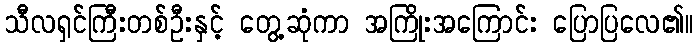
သီလရှင်ကြီးတစ်ဦးနှင့် တွေ့ဆုံကာ အကြိုးအကြောင်း ပြောပြလေ၏။